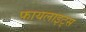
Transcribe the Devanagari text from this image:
फायलाइट्स